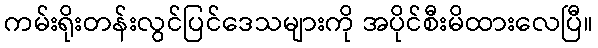
ကမ်းရိုးတန်းလွင်ပြင်ဒေသများကို အပိုင်စီးမိထားလေပြီ။